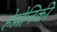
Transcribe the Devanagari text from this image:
हेल्लेनिकी